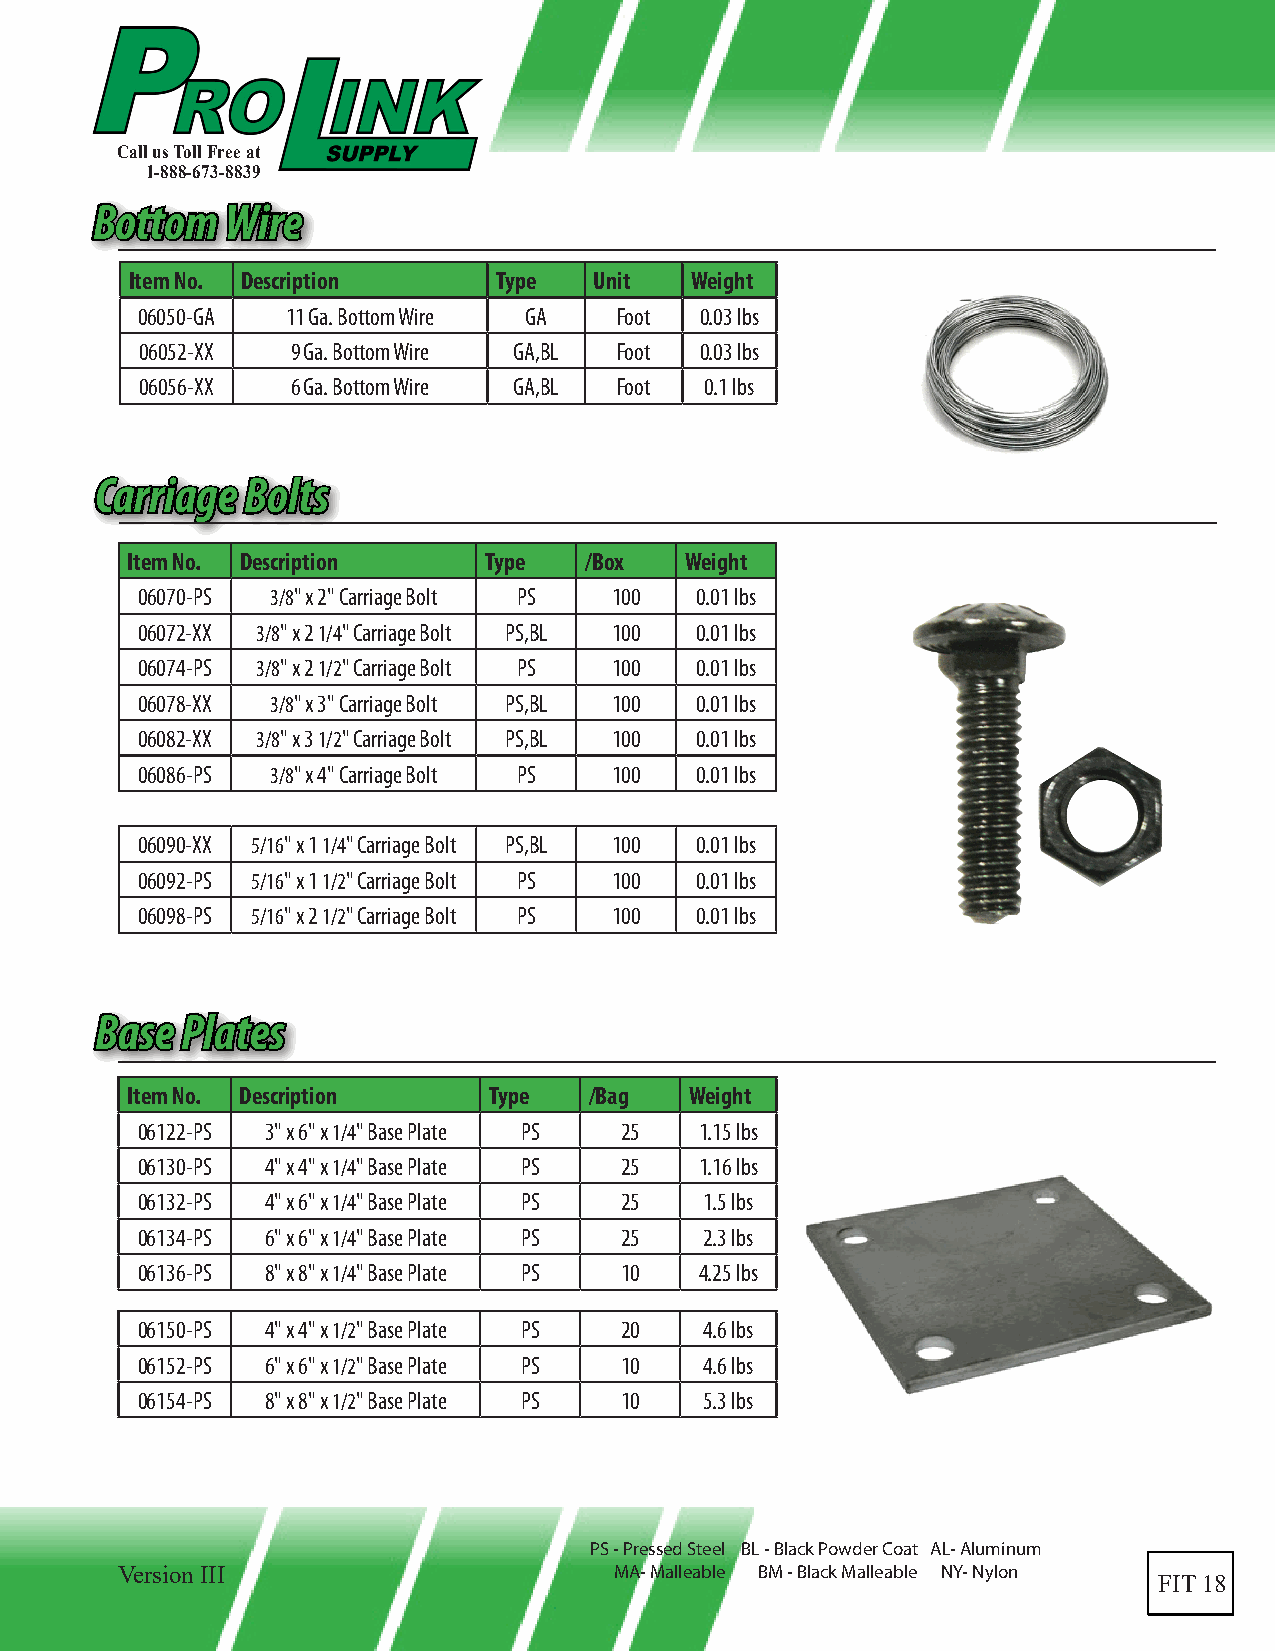
Call us Toll Free at
 1-888-673-8839
 BBoottttoomm WWiirree
 Item No. Description    Type  Unit   Weight
 06050-GA  11 Ga. Bottom Wire GA Foot 0.03 lbs
 06052-XX  9 Ga. Bottom Wire GA,BL Foot 0.03 lbs
 06056-XX  6 Ga. Bottom Wire GA,BL Foot 0.1 lbs
 CCaarrrriiaaggee BBoollttss
 Item No. Description    Type   /Box  Weight
 06070-PS 3/8" x 2" Carriage Bolt PS 100 0.01 lbs
 06072-XX 3/8" x 2 1/4" Carriage Bolt PS,BL 100 0.01 lbs
 06074-PS 3/8" x 2 1/2" Carriage Bolt PS 100 0.01 lbs
 06078-XX 3/8" x 3" Carriage Bolt PS,BL 100 0.01 lbs
 06082-XX 3/8" x 3 1/2" Carriage Bolt PS,BL 100 0.01 lbs
 06086-PS 3/8" x 4" Carriage Bolt PS 100 0.01 lbs
 06090-XX 5/16" x 1 1/4" Carriage Bolt PS,BL 100 0.01 lbs
 06092-PS 5/16" x 1 1/2" Carriage Bolt PS 100 0.01 lbs
 06098-PS 5/16" x 2 1/2" Carriage Bolt PS 100 0.01 lbs
 BBaassee PPllaatteess
 Item No. Description    Type   /Bag   Weight
 06122-PS 3" x 6" x 1/4" Base Plate PS 25 1.15 lbs
 06130-PS 4" x 4" x 1/4" Base Plate PS 25 1.16 lbs
 06132-PS 4" x 6" x 1/4" Base Plate PS 25 1.5 lbs
 06134-PS 6" x 6" x 1/4" Base Plate PS 25 2.3 lbs
 06136-PS 8" x 8" x 1/4" Base Plate PS 10 4.25 lbs
 06150-PS 4" x 4" x 1/2" Base Plate PS 20 4.6 lbs
 06152-PS 6" x 6" x 1/2" Base Plate PS 10 4.6 lbs
 06154-PS 8" x 8" x 1/2" Base Plate PS 10 5.3 lbs
 PS - Pressed Steel BL - Black Powder Coat AL- Aluminum
 Version III                      MA- Malleable BM - Black Malleable NY- Nylon
 FIT 18